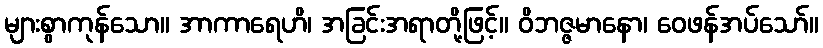
များစွာကုန်သော။ အာကာရေဟိ၊ အခြင်းအရာတို့ဖြင့်။ ဝိဘဇ္ဇမာနော၊ ဝေဖန်အပ်သော်။